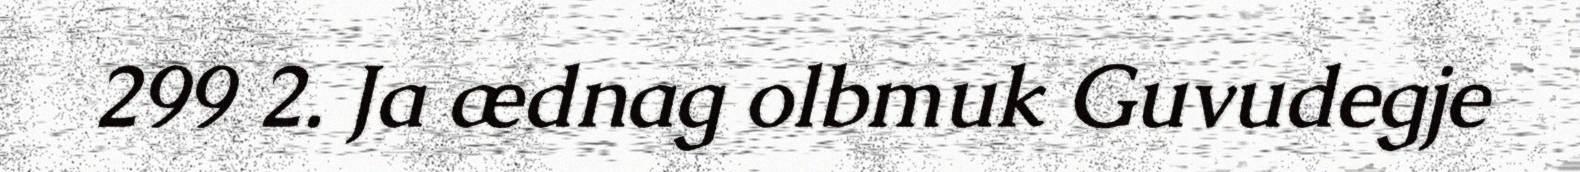
299 2. Ja ædnag olbmuk Guvudegje